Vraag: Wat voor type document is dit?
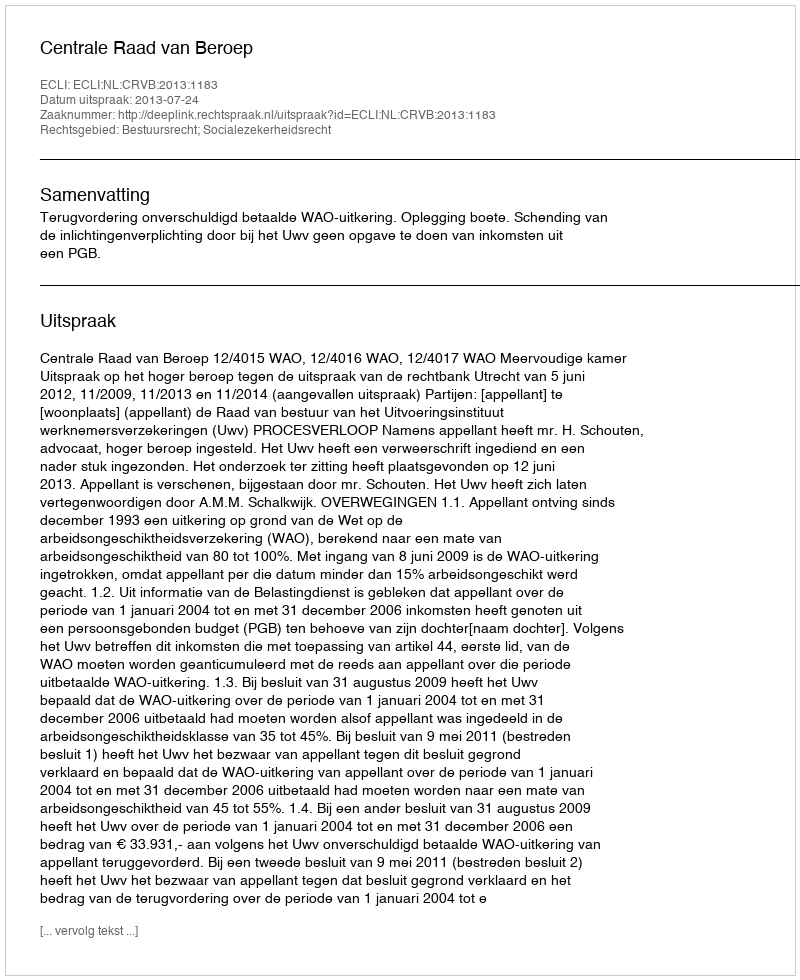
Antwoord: Uitspraak